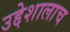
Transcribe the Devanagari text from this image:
उद्देशालाच